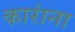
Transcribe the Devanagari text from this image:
कारांना